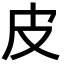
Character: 皮